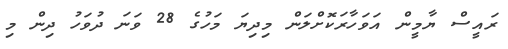
ރައީސް ޔާމީން އަވަހާރަކޮށްލަން މިދިޔަ މަހުގެ 28 ވަނަ ދުވަހު ދިން މި